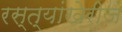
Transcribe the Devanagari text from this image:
रस्त्यांखेरीज